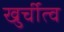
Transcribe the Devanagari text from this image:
खुर्चीत्व